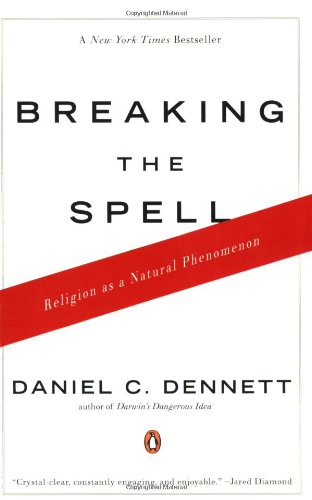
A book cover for Breaking the Spell: Religion as a Natural Phenomenon; Daniel C. Dennett; Politics & Social Sciences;